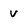
Character: v